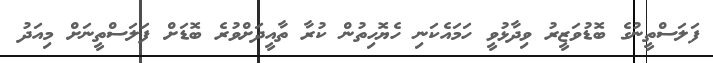
ފަލަސްތީނުގެ ބޮޑުވަޒީރު ވިދާޅުވީ ހަމައެކަނި ހެޔޮހިތުން ކުރާ ތާއީދަށްވުރެ ބޮޑަށް ފަލަސްތީނަށް މިއަދު